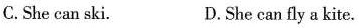
C.She can ski. D.She can fly a kite.